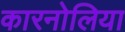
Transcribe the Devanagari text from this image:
कारनोलिया